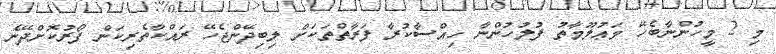
މި 2 މީހުންނާބެހޭ މަޢުލޫމާތު ފުލުހުންނާ ހިއްސާކުރާ ފަރާތްތަކަށް ލިބިދޭންޖެހޭ ރައްކާތެރިކަން ފޯރުކޮށްދޭނެ